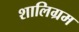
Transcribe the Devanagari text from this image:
शालिग्रम